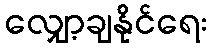
လျှော့ချနိုင်ရေး